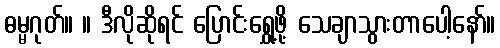
ဓမ္မဂုတ်။ ။ ဒီလိုဆိုရင် ပြောင်းရွှေ့ဖို့ သေချာသွားတာပေါ့နော်။